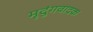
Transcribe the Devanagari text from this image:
मृदुंगवादक